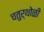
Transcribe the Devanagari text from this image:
चतुर्थोळी